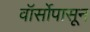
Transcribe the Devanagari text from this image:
वॉर्सोपासून